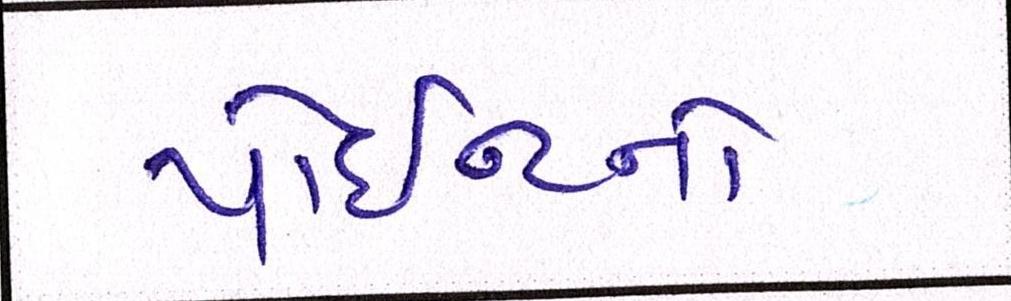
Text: પોઇન્ટનો